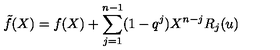
\tilde { f } ( X ) = f ( X ) + \sum _ { j = 1 } ^ { n - 1 } ( 1 - q ^ { j } ) X ^ { n - j } R _ { j } ( u )